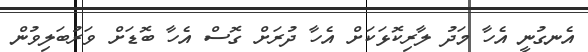
އެނގުނީ އެހާ މަދު ލާރިކޮޅަކަށް އެހާ ދުރަށް ގޮސް އެހާ ބޮޑަށް ވަރުބަލިވުން